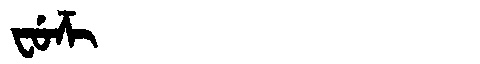
Manchu: ᠸᡠᡯᡳ
Romanization: FUDZI